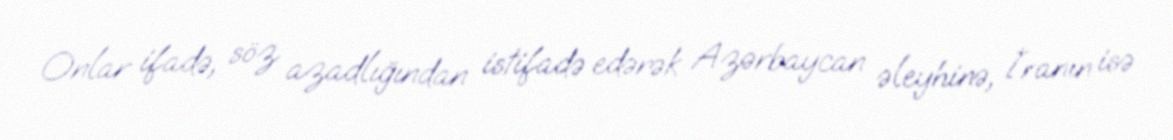
Onlar ifadə, söz azadlığından istifadə edərək Azərbaycan əleyhinə, İranın isə